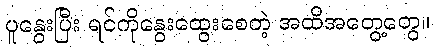
ပူနွေးပြီး ရင်ကိုနွေးထွေးစေတဲ့ အထိအတွေ့တွေ။